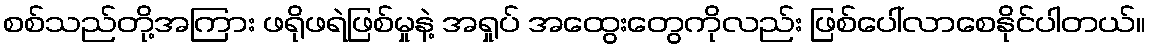
စစ်သည်တို့အကြား ဖရိုဖရဲဖြစ်မှုနဲ့ အရှုပ် အထွေးတွေကိုလည်း ဖြစ်ပေါ်လာစေနိုင်ပါတယ်။